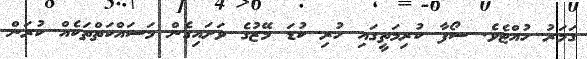
ގަމަރު ހުއްޓެވެ. ސޯފާ ކުރިމަތީގައި ހުރި ކުޑަ މޭޒުގެ ވަށައިގެން މަސައްކަތްތަކެއް ކުރަން